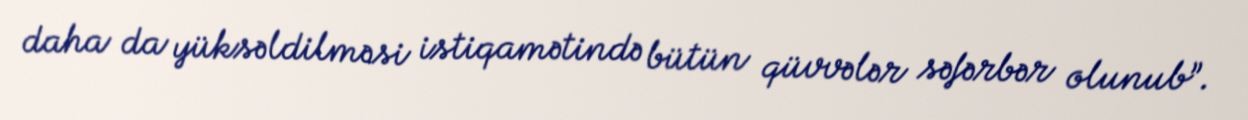
daha da yüksəldilməsi istiqamətində bütün qüvvələr səfərbər olunub”.